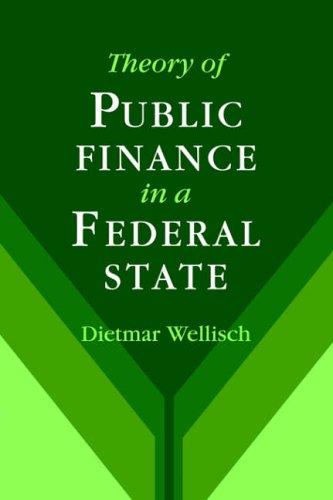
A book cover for Theory of Public Finance in a Federal State; Dietmar Wellisch; Business & Money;